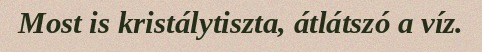
Most is kristálytiszta, átlátszó a víz.